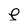
Character: p